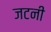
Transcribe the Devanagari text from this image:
जटनी